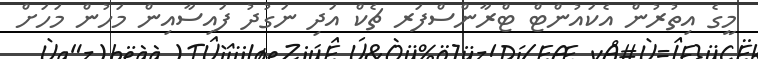
މީގެ އިތުރުން އެކައުންޓް ޓްރާންސްފަރ ޗެކް އަދި ނަގުދު ފައިސާއިން މަހުން މަހަށް